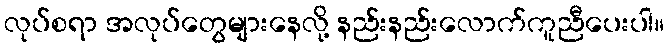
လုပ်စရာ အလုပ်တွေများနေလို့ နည်းနည်းလောက်ကူညီပေးပါ။